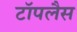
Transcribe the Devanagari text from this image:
टॉपलैस